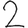
Digit: 2